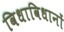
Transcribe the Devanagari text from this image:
विधाविधानों